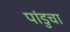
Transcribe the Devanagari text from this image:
पांडुचा